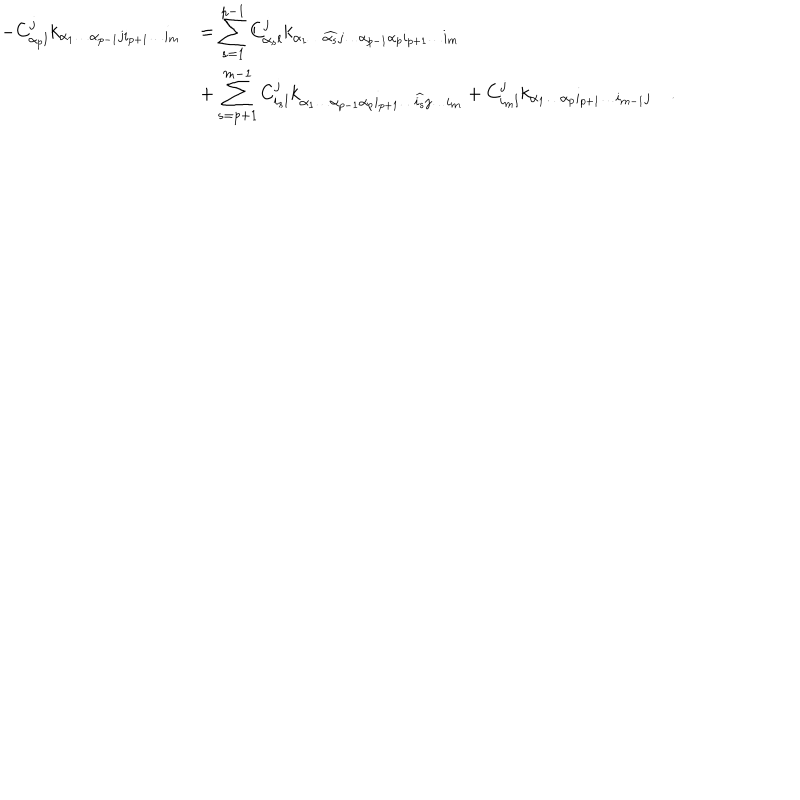
\begin{array} { l l } { { \displaystyle - C _ { \alpha _ { p } l } ^ { j } k _ { \alpha _ { 1 } \dots \alpha _ { p - 1 } j i _ { p + 1 } \dots i _ { m } } } } & { { = \displaystyle \sum _ { s = 1 } ^ { p - 1 } C _ { \alpha _ { s } l } ^ { j } k _ { \alpha _ { 1 } \dots \widehat { \alpha _ { s } } j \dots \alpha _ { p - 1 } \alpha _ { p } i _ { p + 1 } \dots i _ { m } } } } \\ { { } } & { { + \displaystyle \sum _ { s = p + 1 } ^ { m - 1 } C _ { i _ { s } l } ^ { j } k _ { \alpha _ { 1 } \dots \alpha _ { p - 1 } \alpha _ { p } i _ { p + 1 } \dots \widehat { i _ { s } } j \dots i _ { m } } + C _ { i _ { m } l } ^ { j } k _ { \alpha _ { 1 } \dots \alpha _ { p } i _ { p + 1 } \dots i _ { m - 1 } j } \quad . } } \\ \end{array}